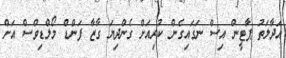
އަދާލަތު ޕާޓީން އިސް ނަގައިގެން ކުރިއަށް ގެންދިޔަ ގާޒާ ފަންޑް މޯލްޑިވްސް އަށް